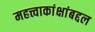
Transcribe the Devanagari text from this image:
महत्त्वाकांक्षांबद्दल